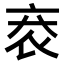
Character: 𧘙